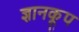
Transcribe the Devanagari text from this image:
ज्ञानकूप